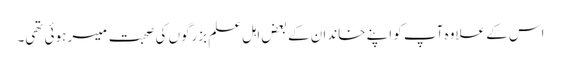
اس کے علاوہ آپ کو اپنے خاندان کے بعض اہل علم بزرگوں کی صحبت میسر ہوئی تھی۔